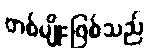
တစ်မျိုးဖြစ်သည်